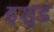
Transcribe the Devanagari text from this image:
इशुड